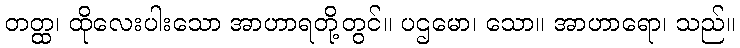
တတ္ထ၊ ထိုလေးပါးသော အာဟာရတို့တွင်။ ပဌမော၊ သော။ အာဟာရော၊ သည်။